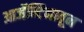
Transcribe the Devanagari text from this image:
आर्जेन्टिनातून